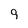
Character: 9